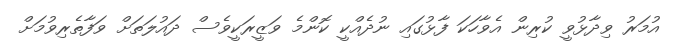
އުމަރު ވިދާޅުވީ ކުރިން އެވާހަކަ ފާޅުގައި ނުދެއްކީ ކޮންމެ ވަޒީރަކީވެސް ދައުލަތަށް ވަފާތެރިވުމަށް